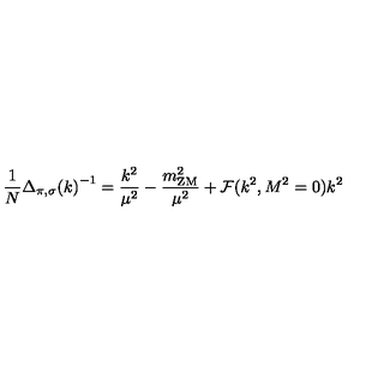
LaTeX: \frac { 1 } { N } { \Delta _ { \pi , \sigma } ( k ) } ^ { - 1 } = \frac { k ^ { 2 } } { \mu ^ { 2 } } - \frac { m _ { \mathrm { Z M } } ^ { 2 } } { \mu ^ { 2 } } + { \cal F } ( k ^ { 2 } , M ^ { 2 } = 0 ) k ^ { 2 }